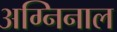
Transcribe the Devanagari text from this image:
अग्निनाल